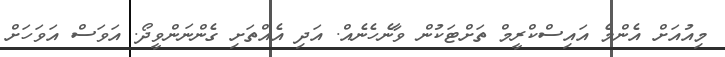
މިއުއަށް އެންމެ އައިސްކްރީމް ތަށްޓަކުން ވާނެހެނެއް. އަދި އެއްތަށި ގެންނަންވީދޯ. އަވަސް އަވަހަށް